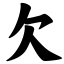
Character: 欠